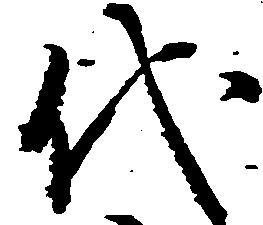
代